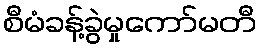
စီမံခန့်ခွဲမှုကော်မတီ